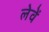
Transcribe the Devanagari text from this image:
लेवें